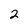
Character: 2